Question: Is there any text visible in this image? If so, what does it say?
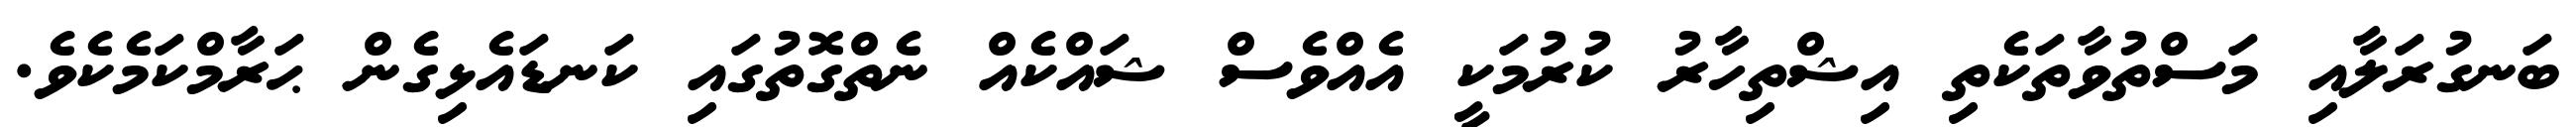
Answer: ބަނގުރަލާއި މަސްތުވާތަކެތި އިޝްތިހާރު ކުރުމަކީ އެއްވެސް ޝައްކެއް ނެތްގޮތުގައި ކަނޑައެޅިގެން ޙަރާމްކަމެކެވެ.